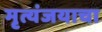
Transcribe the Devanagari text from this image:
मृत्यंजयाचा